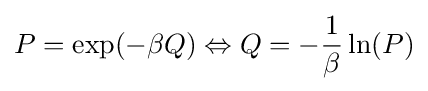
P=\exp(-\beta Q)\Leftrightarrow Q=-{\frac {1}{\beta }}\ln(P)